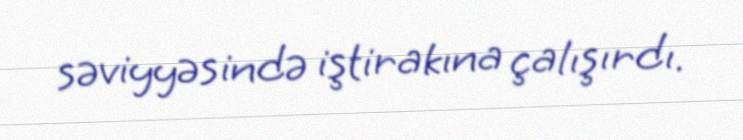
səviyyəsində iştirakına çalışırdı.